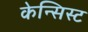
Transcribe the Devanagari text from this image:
केन्सिस्ट